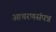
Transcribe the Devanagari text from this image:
आचरणसंपन्न